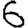
Digit: 6